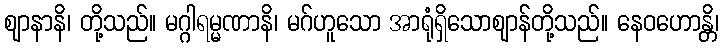
ဈာနာနိ၊ တို့သည်။ မဂ္ဂါရမ္မဏာနိ၊ မဂ်ဟူသော အာရုံရှိသောဈာန်တို့သည်။ နေဝဟောန္တိ၊